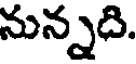
నున్నది.